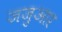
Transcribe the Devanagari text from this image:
जजुआर